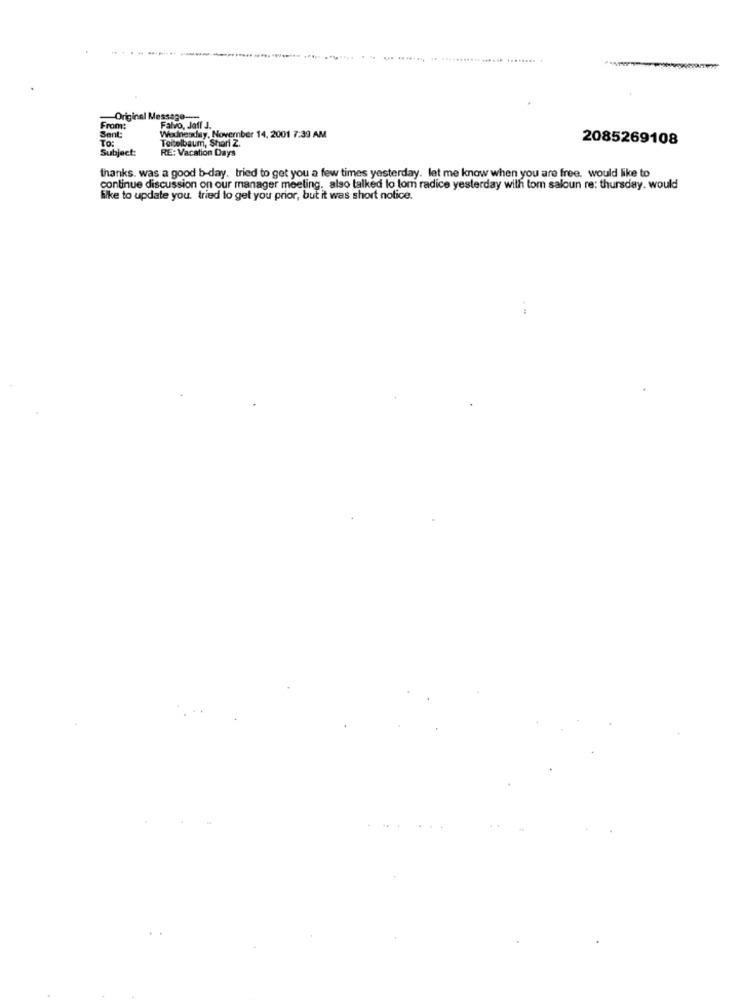
Original Message-
Sent:
From:
Falvo, Jeff J.
TO:
Wiexlnesday, November 14, 2001 7:39 AM
Teitelbaum, Shari Z.
2085269108
Subject:
RE: Vacation Days
thanks. was a good b-day. tried to get you a few times yesterday. let me know when you are free. would like to
continue discussion on our manager meeting. also talked lo tom radice yesterday with tom saloun re: thursday. would
Silke to update you tried to get you prior, but it was short notice.